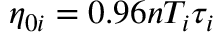
\eta _ { 0 i } = 0 . 9 6 n T _ { i } \tau _ { i }